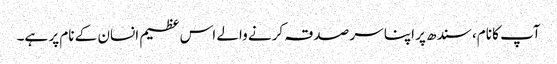
آپ کا نام، سندھ پر اپنا سر صدقہ کرنے والے اس عظیم انسان کے نام پر ہے۔